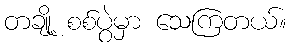
တချို့ စစ်ပွဲမှာ သေကြတယ်။